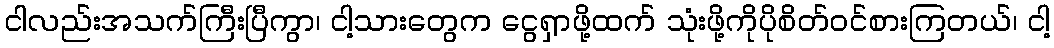
ငါလည်းအသက်ကြီးပြီကွာ၊ ငါ့သားတွေက ငွေရှာဖို့ထက် သုံးဖို့ကိုပိုစိတ်ဝင်စားကြတယ်၊ ငါ့